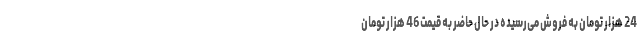
24 هزار تومان به فروش می‌رسیده در حال حاضر به قیمت 46 هزار تومان